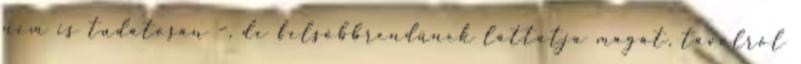
nem is tudatosan –, de felsőbbrendűnek láttatja magát, távolról